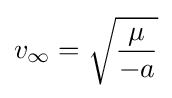
v_{\infty }={\sqrt {\mu  \over {-a}}}\,\!